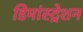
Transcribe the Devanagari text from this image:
डिमांस्ट्रेशन